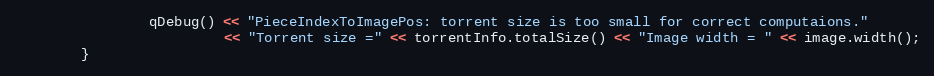
Language: C++
                qDebug() << "PieceIndexToImagePos: torrent size is too small for correct computaions."
                         << "Torrent size =" << torrentInfo.totalSize() << "Image width = " << image.width();
        }